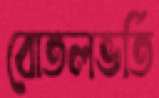
বোতলভর্তি